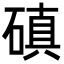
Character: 磌